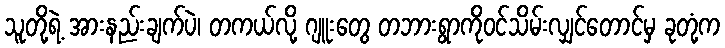
သူတို့ရဲ့ အားနည်းချက်ပဲ၊ တကယ်လို့ ဂျူးတွေ တဘားရွာကိုဝင်သိမ်းလျှင်တောင်မှ ခုတုံ့က